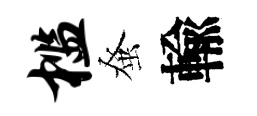
槛𫊫輸